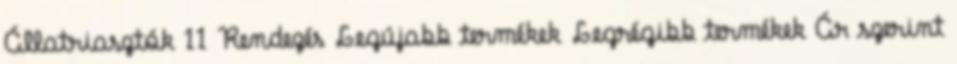
Állatriasztók 11 Rendezés Legújabb termékek Legrégibb termékek Ár szerint